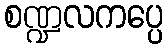
စဏ္ဍလကပ္ပေ